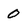
Character: 0